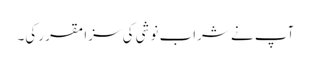
آپ نے شراب نوشی کی سزا مقرر کی۔